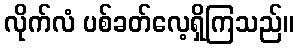
လိုက်လံ ပစ်ခတ်လေ့ရှိကြသည်။